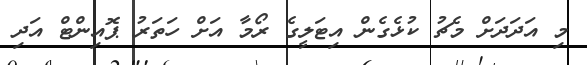
މި އަދަދަށް މެޗު ކުޅެގެން އިޓަލީގެ ރޯމާ އަށް ހަތަރު ޕޮއިންޓް އަދި